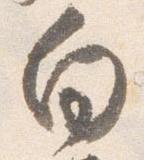
向